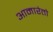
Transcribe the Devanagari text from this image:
आमारेतो